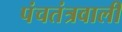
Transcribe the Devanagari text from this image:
पंचतंत्रवाली